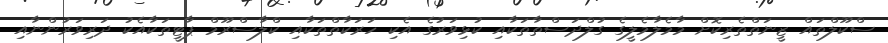
ސްކޫލްތައް ޒީނަތްތެރިކޮށް މާމެލާމެލީގެ ގުލްދަސްތާތަކާއި ކުޅިވަރުގެ އެކި ހަރަކާތްތަކާއި ކްލާސްރޫމް ޕާޓީތަކާއެކު ދަރިވަރުންނާއި